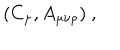
( C _ { \mu } , A _ { \mu \nu \rho } ) \ ,